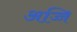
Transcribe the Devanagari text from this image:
अज्जि